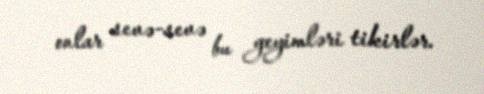
onlar sevə-sevə bu geyimləri tikirlər.